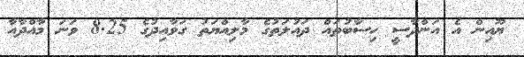
ޔޫއިން އެ އަންދާސީ ހިސާބުތައް ދައުލަތުގެ މާލިއްޔަތު ގަވާއިދުގެ 8.25 ވަނަ މާއްދާއާ